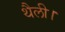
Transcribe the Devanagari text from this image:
थैली।